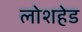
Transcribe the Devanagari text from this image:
लोशहेड